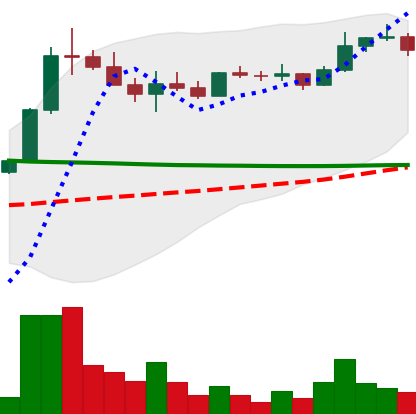
Ticker: ETC-USD
Chart end date: 2022-08-14
Forward return: -20.792%
Label: down_7plus